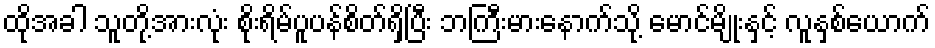
ထိုအခါ သူတို့အားလုံး စိုးရိမ်ပူပန်စိတ်ရှိပြီး ဘကြီးမားနောက်သို့ မောင်မျိုးနှင့် လူနှစ်ယောက်